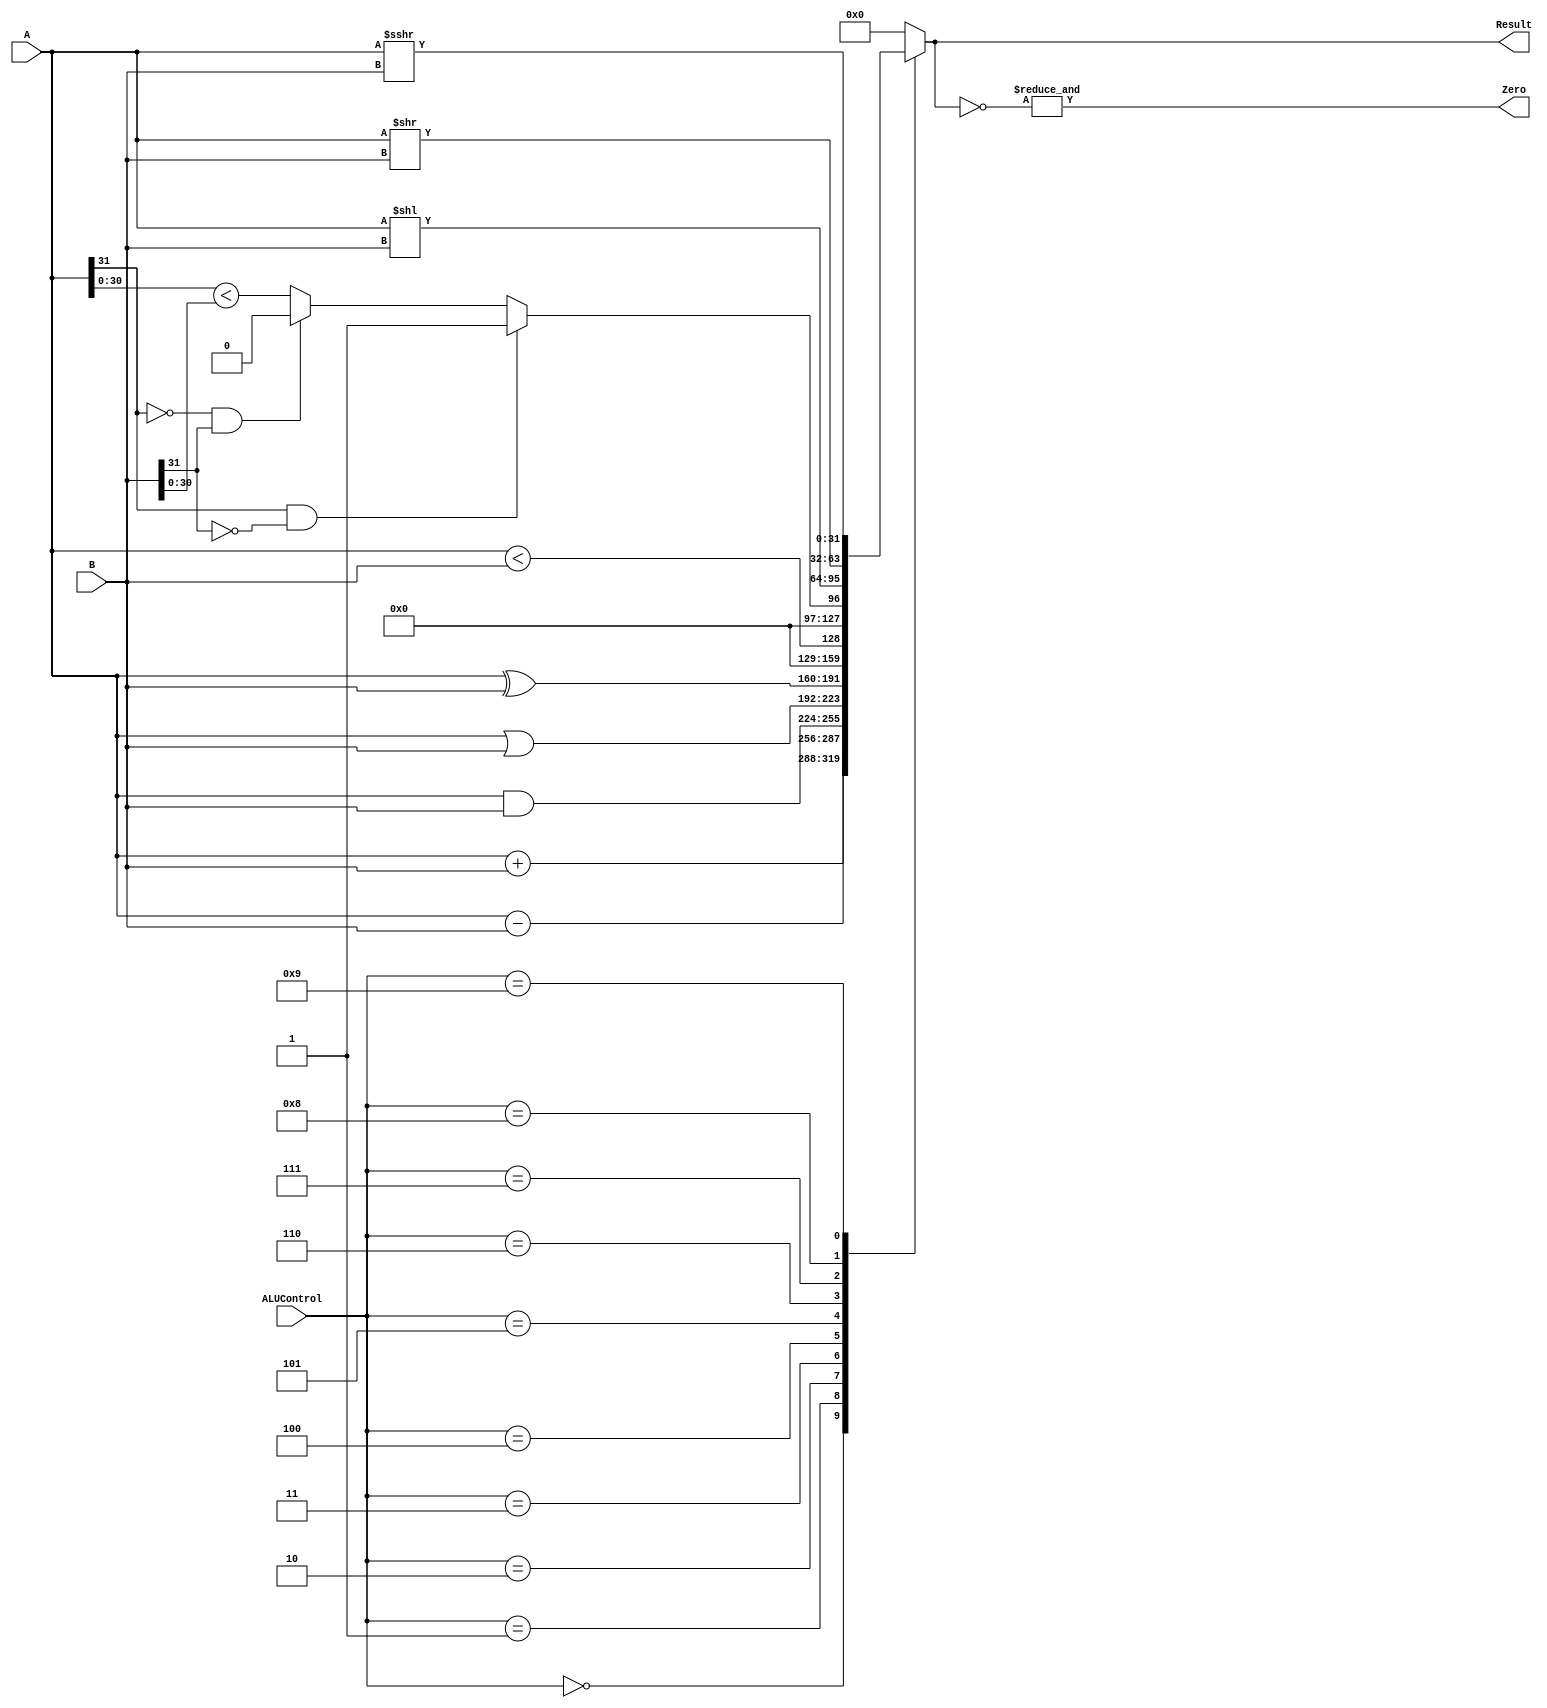
module ALU (A, B, Result, ALUControl, Zero); 

	input [31:0] A, B;
	input [3:0] ALUControl;
	output reg [31:0] Result;
	output Zero;
	always @(*)
		case (ALUControl)
			4'b0000: Result = A + B; //add, addi
			4'b0001: Result = A - B; //sub, subi
			4'b0010: Result = A & B; //and, andi
			4'b0011: Result = A | B; //or, ori
			4'b0100: Result = A ^ B; // xor, xori
			4'b0101: Result = A < B; // sltu, sltiu
			4'b0110: begin					 //slt, slti
				if(A[31] == 1 && B[31] == 0)
					Result = 32'b00000000000000000000000000000001;
				else if (A[31] == 0 && B[31] == 1)
					Result = 32'b00000000000000000000000000000000;
				else
					Result = (A[30:0] < B[30:0]);
			end 
			4'b0111: Result = A << B; //sll, slli
			4'b1000: Result = A >> B; //srl, srli
			4'b1001: Result = A >>> B; //sra, srai
			default: Result = 0;
		endcase
	
	assign Zero = &(~Result);
endmodule